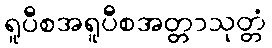
ရူပီစအရူပီစအတ္တာသုတ္တံ